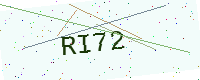
Text: RI72